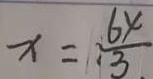
x = \frac { 6 4 } { 3 }